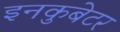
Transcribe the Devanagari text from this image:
इनकुबेटर